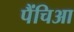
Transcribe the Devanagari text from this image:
पैंचिआ